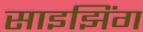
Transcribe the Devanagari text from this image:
साइझिंग